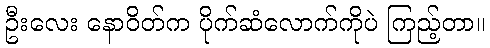
ဦးလေး နောဝိတ်က ပိုက်ဆံလောက်ကိုပဲ ကြည့်တာ။